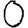
Digit: 0